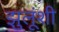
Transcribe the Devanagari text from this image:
झुलूंशी